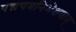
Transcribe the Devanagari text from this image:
पद्मपत्रनिभेक्षणाम्